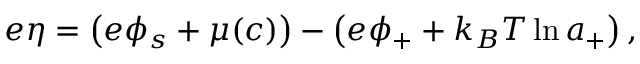
e \eta = \left( e \phi _ { s } + \mu ( c ) \right) - \left( e \phi _ { + } + k _ { B } T \ln { a _ { + } } \right) ,